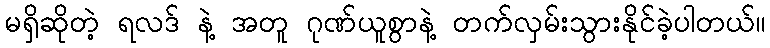
မရှိဆိုတဲ့ ရလဒ် နဲ့ အတူ ဂုဏ်ယူစွာနဲ့ တက်လှမ်းသွားနိုင်ခဲ့ပါတယ်။